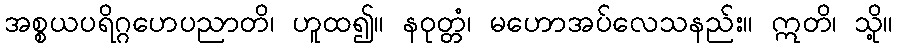
အစ္စယပရိဂ္ဂဟေပညာတိ၊ ဟူထ၍။ နဝုတ္တံ၊ မဟောအပ်လေသနည်း။ ဣတိ၊ သို့။